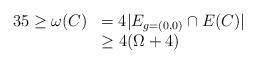
LaTeX: \begin{align*}\begin{array}{lllllllllll}35\ge\omega(C)&= 4|E_{g=(0,0)}\cap E(C)|\\&\ge 4(\Omega+4)\\\end{array}\end{align*}